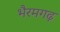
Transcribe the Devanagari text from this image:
भैरमगढ़